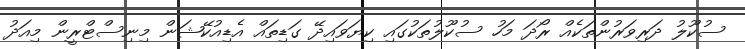
ސުކޫލު ދަރިވަރުންތަކެއް ރޯދަ މަހު ސުކޫލުތަކުގައި ކިޔަވައިދޭ ގަޑިތައް އެޑިއުކޭޝަން މިނިސްޓްރީން މިއަދު